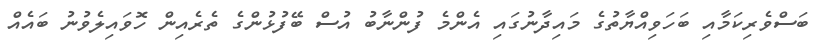
ބަސްވެރިކަމާއި ބަހަވިއްޔާތުގެ މައިދާނުގައި އެންމެ ފުންނާބު އުސް ބޭފުޅުންގެ ތެރެއިން ހޮވައިލެވުނު ބައެއް